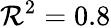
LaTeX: \mathcal{R}^{2}=0.8